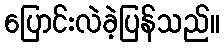
ပြောင်းလဲခဲ့ပြန်သည်။